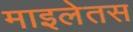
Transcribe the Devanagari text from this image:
माइलेतस